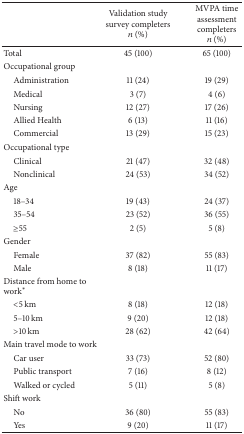
<table><thead><tr><td><b> </b></td><td><b>Validation study survey completers <i>n</i> (%)</b></td><td><b>MVPA time assessment completers <i>n</i> (%)</b></td></tr></thead><tbody><tr><td>Total</td><td>45 (100)</td><td>65 (100)</td></tr><tr><td>Occupational group </td><td> </td><td> </td></tr><tr><td> Administration</td><td>11 (24)</td><td>19 (29)</td></tr><tr><td> Medical</td><td>3 (7)</td><td>4 (6)</td></tr><tr><td> Nursing</td><td>12 (27)</td><td>17 (26)</td></tr><tr><td> Allied Health</td><td>6 (13)</td><td>11 (16)</td></tr><tr><td> Commercial</td><td>13 (29)</td><td>15 (23)</td></tr><tr><td>Occupational type</td><td> </td><td> </td></tr><tr><td> Clinical</td><td>21 (47)</td><td>32 (48)</td></tr><tr><td> Nonclinical</td><td>24 (53)</td><td>34 (52)</td></tr><tr><td>Age</td><td> </td><td> </td></tr><tr><td> 18–34</td><td>19 (43)</td><td>24 (37)</td></tr><tr><td> 35–54</td><td>23 (52)</td><td>36 (55)</td></tr><tr><td> ≥55</td><td>2 (5)</td><td>5 (8)</td></tr><tr><td>Gender</td><td> </td><td> </td></tr><tr><td> Female</td><td>37 (82) </td><td>55 (83)</td></tr><tr><td> Male</td><td>8 (18)</td><td>11 (17)</td></tr><tr><td>Distance from home to work*</td><td> </td><td> </td></tr><tr><td> &lt;5 km</td><td>8 (18)</td><td>12 (18)</td></tr><tr><td> 5–10 km</td><td>9 (20)</td><td>12 (18)</td></tr><tr><td> &gt;10 km</td><td>28 (62)</td><td>42 (64)</td></tr><tr><td>Main travel mode to work</td><td> </td><td> </td></tr><tr><td> Car user</td><td>33 (73)</td><td>52 (80)</td></tr><tr><td> Public transport</td><td>7 (16)</td><td>8 (12)</td></tr><tr><td> Walked or cycled</td><td>5 (11)</td><td>5 (8)</td></tr><tr><td>Shift work</td><td> </td><td> </td></tr><tr><td> No</td><td>36 (80)</td><td>55 (83)</td></tr><tr><td> Yes</td><td>9 (20)</td><td>11 (17)</td></tr></tbody></table>